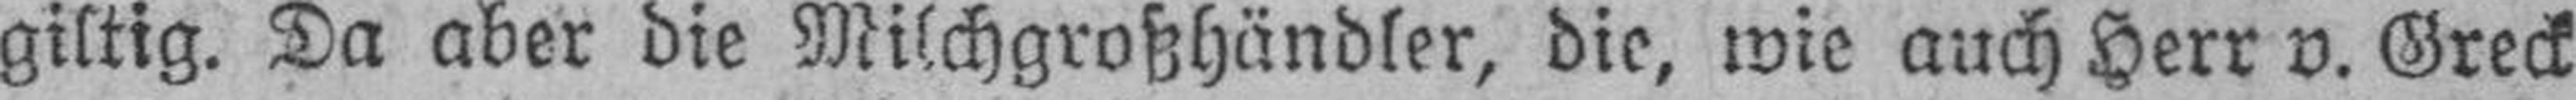
giltig. Da aber die Milchgroßhändler, die, wie auch Herr v. Greck